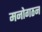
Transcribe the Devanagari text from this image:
मनोगठन